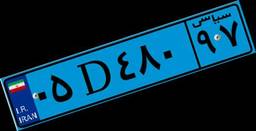
۹۳D۴۲۲۷۵